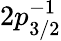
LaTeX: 2p_{3/2}^{-1}